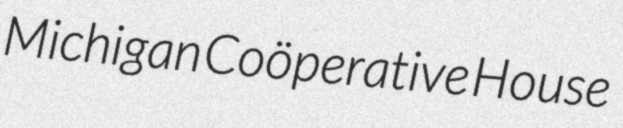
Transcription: Michigan Coöperative House